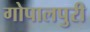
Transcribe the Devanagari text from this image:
गोपालपुरी